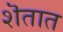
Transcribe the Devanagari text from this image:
शॆतात